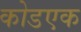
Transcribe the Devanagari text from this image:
कोडएक